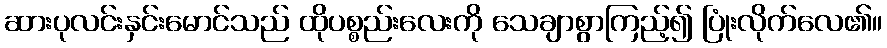
ဆားပုလင်းနှင်းမောင်သည် ထိုပစ္စည်းလေးကို သေချာစွာကြည့်၍ ပြုံးလိုက်လေ၏။